Annual administration and progress report of the Indian Medical Department, Bombay
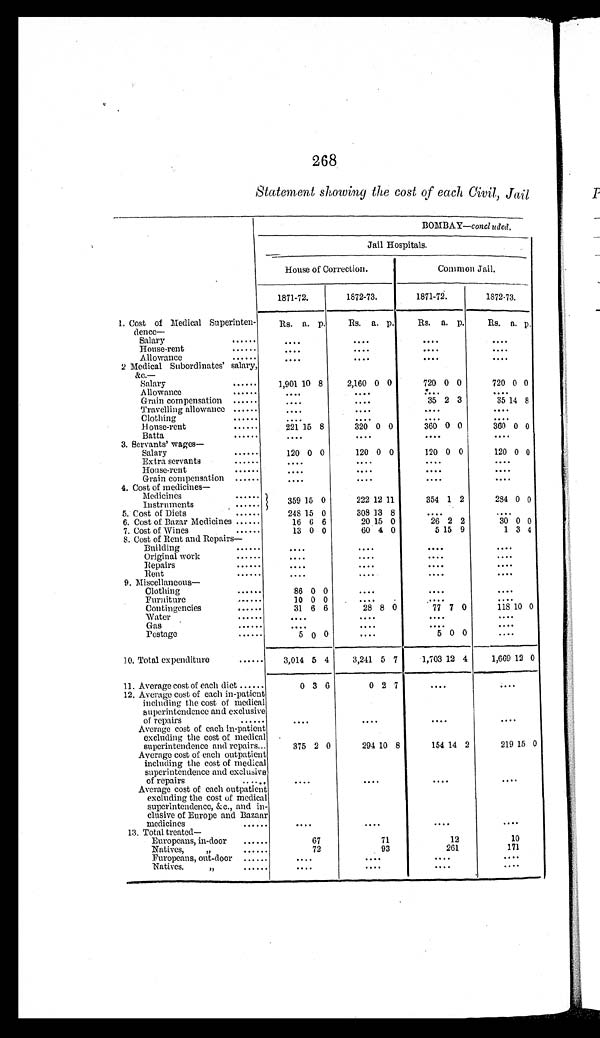
268
Statement showing the cost of each Civil, Jail
BOMBAY—concluded.
Jail Hospitals.
House of Correction.
Common Jail.
1871-72.
1872-73.
1871-72.
1872-73.
1. Cost of Medical Superinten-
dence—
Rs. a. p.
Rs. a. p.
Rs. a. p.
Rs. a. p.
Salary
......
. . . .
. . . .
....
....
House-rent
......
. . . .
. . . .
. . . .
. . . .
Allowance
......
....
....
....
....
2. Medical Subordinates' salary,
& c . —
Salary
......
1,901 10 8
2,160 0 0
720 0 0
720 0 0
Allowance
......
....
. . . .
. . . .
. . . .
Grain compensation .....
....
....
35 2 3
35 14 8
Travelling allowance ......
....
....
....
....
Clothing
......
....
....
....
. . . .
House-rent ......
221 15 8
320 0 0
360 0 0
360 0 0
Batta
......
....
....
....
....
3. Servants' wages
Salary
......
120 0 0
120 0 0
120 0 0
120 0 0
Extra servants
......
....
....
....
....
House-rent
.....
. . . .
....
....
. . . .
Grain compensation ......
....
....
....
....
4. Cost of medicines
Medicines ......
359 15 0
222 12 1 1
354 1 2
284 0 0
Instruments
.......
5. Cost of Diets
......
248 15 0
308 13 8
....
....
6. Cost of Bazar Medicines ......
16 6 6
20 15 0
26 2 2
30 0 0
7. Cost of Wines
......
13 0 0
60 4 0
5 15 9
1 3 4
8. Cost of Rent and Repairs
Building
......
....
....
....
....
Original work
......
....
....
....
....
Repairs
......
....
....
....
....
Rent
.....
....
....
....
. . . .
9. Miscellaneous
Clothing
......
86 0 0
....
....
....
Furniture
......
10 0 0
. . . .
. . . .
....
Contingencies
......
31 6 6
28 8 0
77 7 0
118 10 0
Water
......
....
....
....
....
Gas
.....
....
....
. . . .
....
Postage
......
5 0 0
....
5 0 0
....
10. Total expenditure
......
3,014 5 4
3,241 5 7
1,703 12 4
1,669 12 0
11. Average cost of each diet ......
0 3 6
0 2 7
....
....
12. Average cost of each in-patient
including the cost of medical
superintendence and exclusive
of repairs
......
....
....
....
....
Average cost of each In-patient
excluding the cost of medical
superintendence and repairs..
375 2 0
294 10 8
154 14 2
219 15 0
Average cost of each outpatient
including the cost of medical
superintendence and exclusive
of repairs
....
....
. . . .
. . . .
Average cost of each outpatient
excluding the cost of medical
superintendence, &c., and in-
clusive of Europe and Bazaar
medicines
......
. . . .
....
....
....
13. Total treated
Europeans, in-door ......
67
71
12
10
Natives,
” . . . . . .
72
93
261
171
Europeans, out-door ......
. . . . .
....
. . . .
....
Natives.
” . . . . . .
. . . .
. . . .
. . . .
. . . .